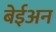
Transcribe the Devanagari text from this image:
बेईअन